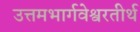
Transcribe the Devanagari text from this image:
उत्तमभार्गवेश्वरतीर्थ